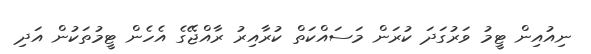
ނިއުއިން ޓީމު ވަރުގަދަ ކުރަން މަސައްކަތް ކުރާއިރު ރާއްޖޭގެ އެހެން ޓީމުތަކުން އަދި